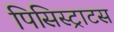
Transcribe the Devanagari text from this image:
पिसिस्ट्राटस